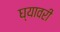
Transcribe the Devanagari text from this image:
घ्यावरी